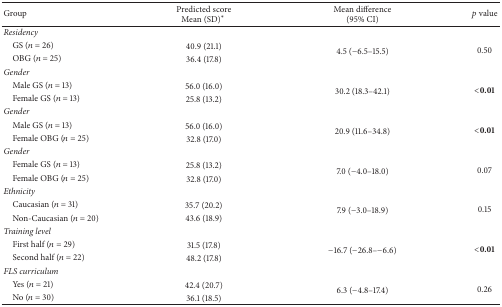
| Group | Predicted scoreMean (SD)∗ | Mean difference(95% CI) | p value |
 | --- | --- | --- | --- |
 | Residency |  |  |  |
 | GS (n = 26) | 40.9 (21.1) | <ROWSPAN=2> 4.5 (−6.5–15.5) | <ROWSPAN=2> 0.50 |
 | OBG (n = 25) | 36.4 (17.8) |
 | Gender |  |  |  |
 | Male GS (n = 13) | 56.0 (16.0) | <ROWSPAN=2> 30.2 (18.3–42.1) | <ROWSPAN=2> <0.01 |
 | Female GS (n = 13) | 25.8 (13.2) |
 | Gender |  |  |  |
 | Male GS (n = 13) | 56.0 (16.0) | <ROWSPAN=2> 20.9 (11.6–34.8) | <ROWSPAN=2> <0.01 |
 | Female OBG (n = 25) | 32.8 (17.0) |
 | Gender |  |  |  |
 | Female GS (n = 13) | 25.8 (13.2) | <ROWSPAN=2> 7.0 (−4.0–18.0) | <ROWSPAN=2> 0.07 |
 | Female OBG (n = 25) | 32.8 (17.0) |
 | Ethnicity |  |  |  |
 | Caucasian (n = 31) | 35.7 (20.2) | <ROWSPAN=2> 7.9 (−3.0–18.9) | <ROWSPAN=2> 0.15 |
 | Non-Caucasian (n = 20) | 43.6 (18.9) |
 | Training level |  |  |  |
 | First half (n = 29) | 31.5 (17.8) | <ROWSPAN=2> −16.7 (−26.8–−6.6) | <ROWSPAN=2> <0.01 |
 | Second half (n = 22) | 48.2 (17.8) |
 | FLS curriculum |  |  |  |
 | Yes (n = 21) | 42.4 (20.7) | <ROWSPAN=2> 6.3 (−4.8–17.4) | <ROWSPAN=2> 0.26 |
 | No (n = 30) | 36.1 (18.5) |